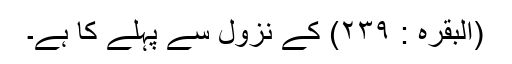
(البقرہ : ٢٣٩) کے نزول سے پہلے کا ہے۔